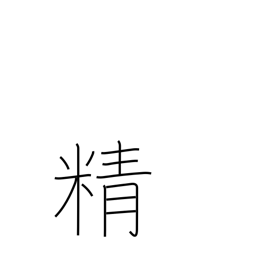
Meaning: energy